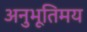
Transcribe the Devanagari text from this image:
अनुभूतिमय